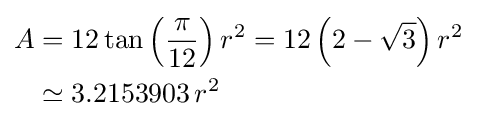
{\begin{aligned}A&=12\tan \left({\frac {\pi }{12}}\right)r^{2}=12\left(2-{\sqrt {3}}\right)r^{2}\\&\simeq 3.2153903\,r^{2}\end{aligned}}